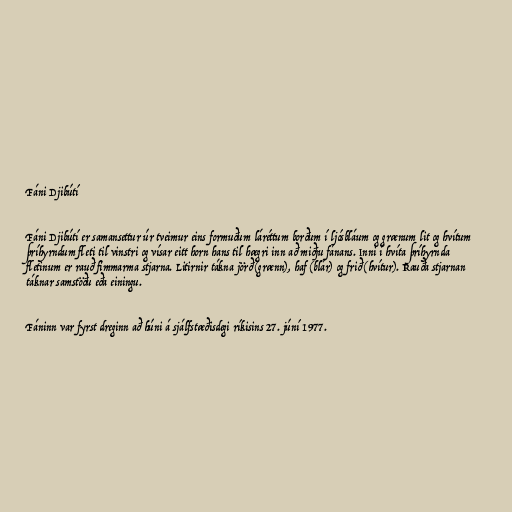
Fáni Djibútí

Fáni Djibútí er samansettur úr tveimur eins formuðum láréttum borðum í ljósbláum og grænum lit og hvítum
þríhyrndum fleti til vinstri og vísar eitt horn hans til hægri inn að miðju fánans. Inni í hvíta þríhyrnda
fletinum er rauð fimmarma stjarna. Litirnir tákna jörð (grænn), haf (blár) og frið (hvítur). Rauða stjarnan
táknar samstöðu eða einingu.

Fáninn var fyrst dreginn að húni á sjálfstæðisdegi ríkisins 27. júní 1977.